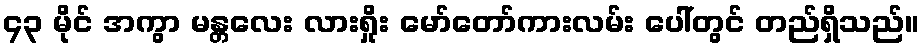
၄၃ မိုင် အကွာ မန္တလေး လားရှိုး မော်တော်ကားလမ်း ပေါ်တွင် တည်ရှိသည်။